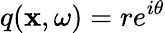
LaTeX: q(\mathbf{x},\omega)=re^{i\theta}